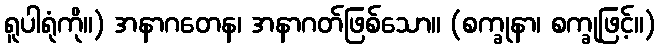
ရူပါရုံကို။) အနာဂတေန၊ အနာဂတ်ဖြစ်သော။ (စက္ခုနာ၊ စက္ခုဖြင့်။)